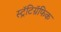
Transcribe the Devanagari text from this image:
स्ट्रॅटिग्रॅफिक